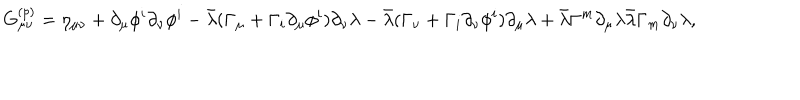
LaTeX: G _ { \mu \nu } ^ { ( p ) } = \eta _ { \mu \nu } + \partial _ { \mu } \phi ^ { i } \partial _ { \nu } \phi ^ { i } - \bar { \lambda } ( \Gamma _ { \mu } + \Gamma _ { i } \partial _ { \mu } \phi ^ { i } ) \partial _ { \nu } \lambda - \bar { \lambda } ( \Gamma _ { \nu } + \Gamma _ { i } \partial _ { \nu } \phi ^ { i } ) \partial _ { \mu } \lambda + \bar { \lambda } \Gamma ^ { m } \partial _ { \mu } \lambda \bar { \lambda } \Gamma _ { m } \partial _ { \nu } \lambda ,